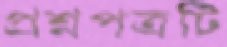
প্রশ্নপত্রটি